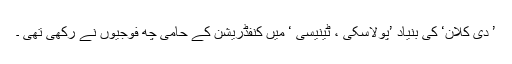
’ دی کلان‘ کی بنیاد ’پولاسکی ، ٹینیسی ‘ میں کنفڈریشن کے حامی چھ فوجیوں نے رکھی تھی ۔